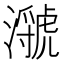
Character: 㶁